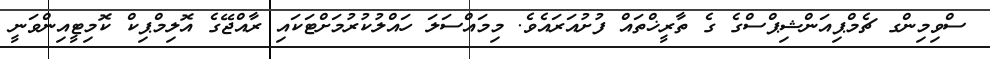
ސްވިމިންގ ޗެމްޕިއަންޝިޕްސްގެ ގެ ތާރީޚްތައް ފުށުއަރައެވެ. މިމައްސަލަ ހައްލުކުރުމަށްޓަކައި ރާއްޖޭގެ އޮލިމްޕިކް ކޮމިޓީއިންވަނީ